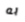
به